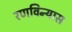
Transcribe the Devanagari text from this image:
रणविन्यास